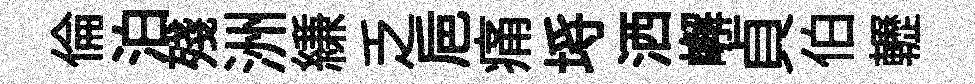
倫泊殘洲縑乏巵痛埓洒嶰貞伯轣